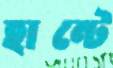
হান্টে